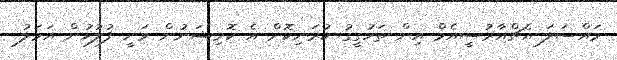
މައްސަލަ އެޗްއާރުސީއެމް އިން ތަހުގީގު ކުރަނިކޮށް އެ ކޮމިޝަނުން ވަނީ ފުލުހުން އަމަލު